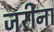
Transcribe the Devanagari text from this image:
जरीना